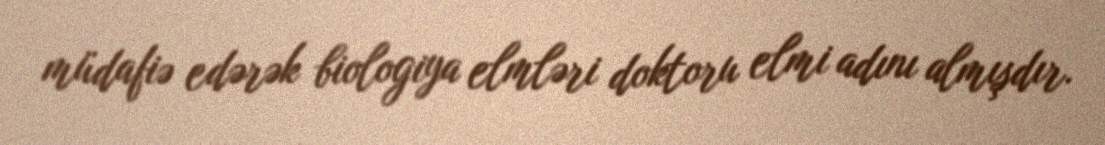
müdafiə edərək biologiya elmləri doktoru elmi adını almışdır.